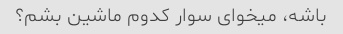
باشه، میخوای سوار کدوم ماشین بشم؟